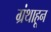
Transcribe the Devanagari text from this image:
ग्रंथाहून